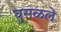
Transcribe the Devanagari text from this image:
घुसळले